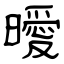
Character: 曖